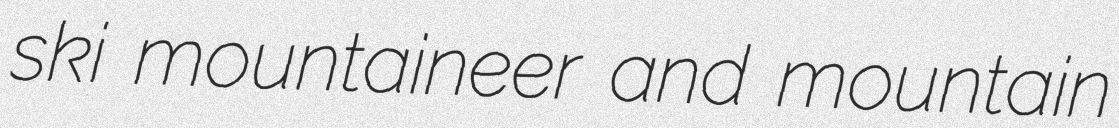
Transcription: ski mountaineer and mountain